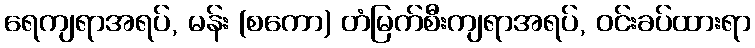
ရေကျရာအရပ်, မန်း (စကော) တံမြက်စီးကျရာအရပ်, ဝင်းခပ်ထားရာ